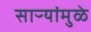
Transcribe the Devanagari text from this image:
साऱ्यांमुळे